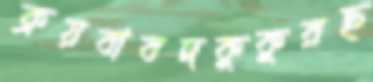
ক্রয়বাবদকুকুরছ